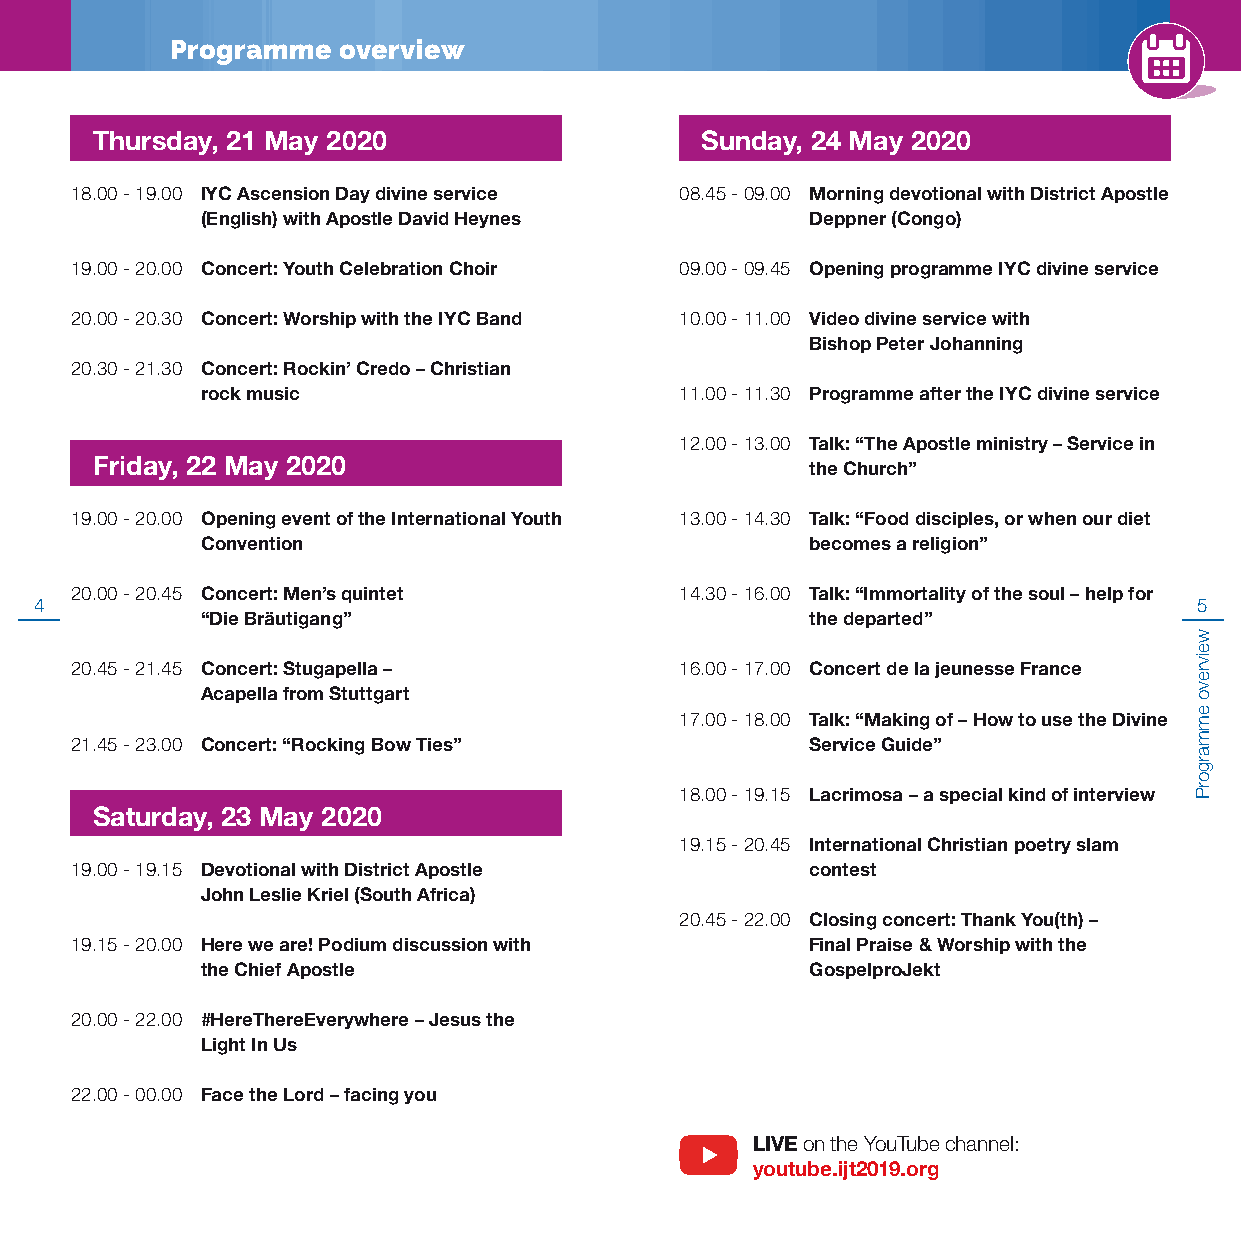
Programme  overview
 Thursday, 21 May 2020                   Sunday, 24 May 2020
 18.00 - 19.00 IYC Ascension Day divine service 08.45 - 09.00 Morning devotional with District Apostle
 (English) with Apostle David Heynes      Deppner (Congo)
 19.00 - 20.00 Concert: Youth Celebration Choir 09.00 - 09.45 Opening programme IYC divine service
 20.00 - 20.30 Concert: Worship with the IYC Band 10.00 - 11.00 Video divine service with
 Bishop Peter Johanning
 20.30 - 21.30 Concert: Rockin’ Credo – Christian
 rock music                      11.00 - 11.30 Programme after the IYC divine service
 12.00 - 13.00 Talk: “The Apostle ministry – Service in
 Friday, 22 May 2020
 the Church”
 19.00 - 20.00 Opening event of the International Youth 13.00 - 14.30 Talk: “Food disciples, or when our diet
 Convention                               becomes a religion”
 20.00 - 20.45 Concert: Men’s quintet    14.30 - 16.00 Talk: “Immortality of the soul – help for
 4                                                                            55
 “Die Bräutigang”                         the departed”
 20.45 - 21.45 Concert: Stugapella –     16.00 - 17.00 Concert de la jeunesse France
 Acapella from Stuttgart
 17.00 - 18.00 Talk: “Making of – How to use the Divine
 21.45 - 23.00 Concert: “Rocking Bow Ties”        Service Guide”
 18.00 - 19.15 Lacrimosa – a special kind of interview
 Saturday, 23 May 2020
 19.15 - 20.45 International Christian poetry slam
 19.00 - 19.15 Devotional with District Apostle   contest
 John Leslie Kriel (South Africa)
 20.45 - 22.00 Closing concert: Thank You(th) –
 19.15 - 20.00 Here we are! Podium discussion with Final Praise & Worship with the
 the Chief Apostle                        GospelproJekt
 20.00 - 22.00 #HereThereEverywhere – Jesus the
 Light In Us
 22.00 - 00.00 Face the Lord – facing you
 LIVE on the YouTube channel:
 youtube.ijt2019.org
 weivrevo
 emmargorP